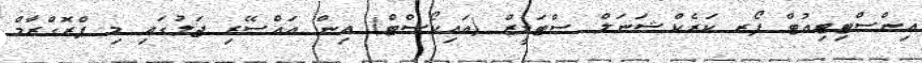
އިންސްޓިޓިއުޓް ފޯރ ކަރެކްޝަނަލް ސްޓަޑީޒް (އައިކޯސްޓް) އިން އައްސޭރި ޖަލުގައި މި ޕްރޮގްރާމް